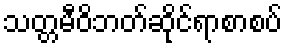
သတ္တမီဝိဘတ်ဆိုင်ရာစာစပ်